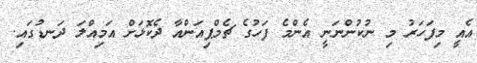
އެއީ މިފަހަރު މި ނުކުންނަނީ އެންމެ ފަހުގެ ޗެމްޕިއަންއާ ދެކޮޅަށް އަމިއްލަ ދަނޑުގައި.